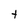
Character: t